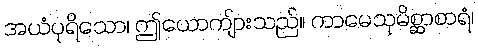
အယံပုရိသော၊ ဤယောကျ်ားသည်။ ကာမေသုမိစ္ဆာစာရံ၊